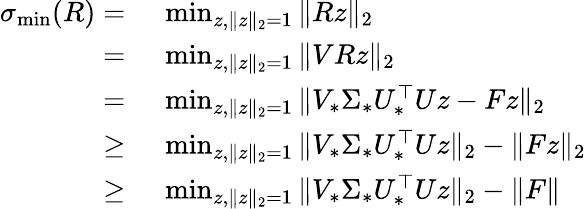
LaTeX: \begin{array}{rl}{\sigma_{\operatorname*{min}}(R)=}&{~\operatorname*{min}_{z,\| z\| _{2}=1}\| Rz\| _{2}}\\ {=}&{~\operatorname*{min}_{z,\| z\| _{2}=1}\| VRz\| _{2}}\\ {=}&{~\operatorname*{min}_{z,\| z\| _{2}=1}\| V_{*}\Sigma_{*}U_{*}^{\top}Uz-Fz\| _{2}}\\ {\ge}&{~\operatorname*{min}_{z,\| z\| _{2}=1}\| V_{*}\Sigma_{*}U_{*}^{\top}Uz\| _{2}-\| Fz\| _{2}}\\ {\ge}&{~\operatorname*{min}_{z,\| z\| _{2}=1}\| V_{*}\Sigma_{*}U_{*}^{\top}Uz\| _{2}-\| F\| }\end{array}